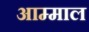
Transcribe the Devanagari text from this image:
आम्माल